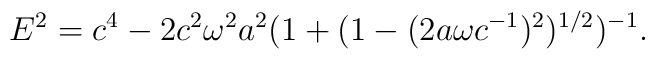
E^{2} = c^{4} - 2c^{2}\omega^{2} a^{2}(1 + (1 - (2a\omega c^{- 1})^{2})^{1/2})^{- 1}.